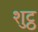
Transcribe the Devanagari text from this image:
शुट्ठ